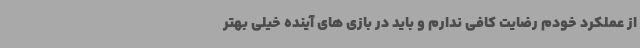
از عملکرد خودم رضایت کافی ندارم و باید در بازی های آینده خیلی بهتر